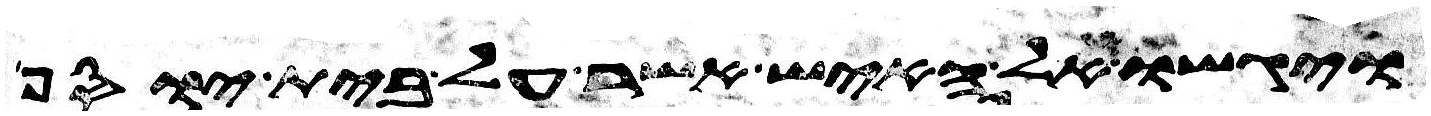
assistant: ויגשו אל האיש אשר על בית יוסף